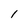
Character: l